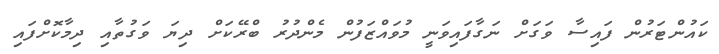
ކައުންޓަރުން ފައިސާ ވަގަށް ނަގާފައިވަނީ މުވައްޒަފުން މެންދުރު ބްރޭކަށް ދިޔަ ވަގުތާއި ދިމާކޮށްފައި